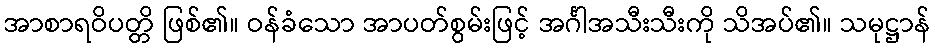
အာစာရဝိပတ္တိ ဖြစ်၏။ ဝန်ခံသော အာပတ်စွမ်းဖြင့် အင်္ဂါအသီးသီးကို သိအပ်၏။ သမုဋ္ဌာန်